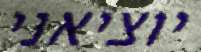
יוציאני